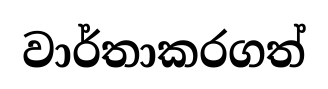
වාර්තාකරගත්